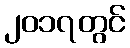
၂၀၁၇တွင်